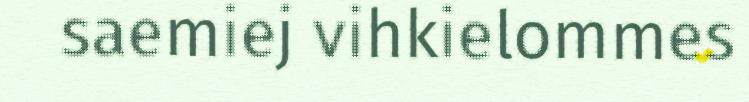
saemiej vihkielommes